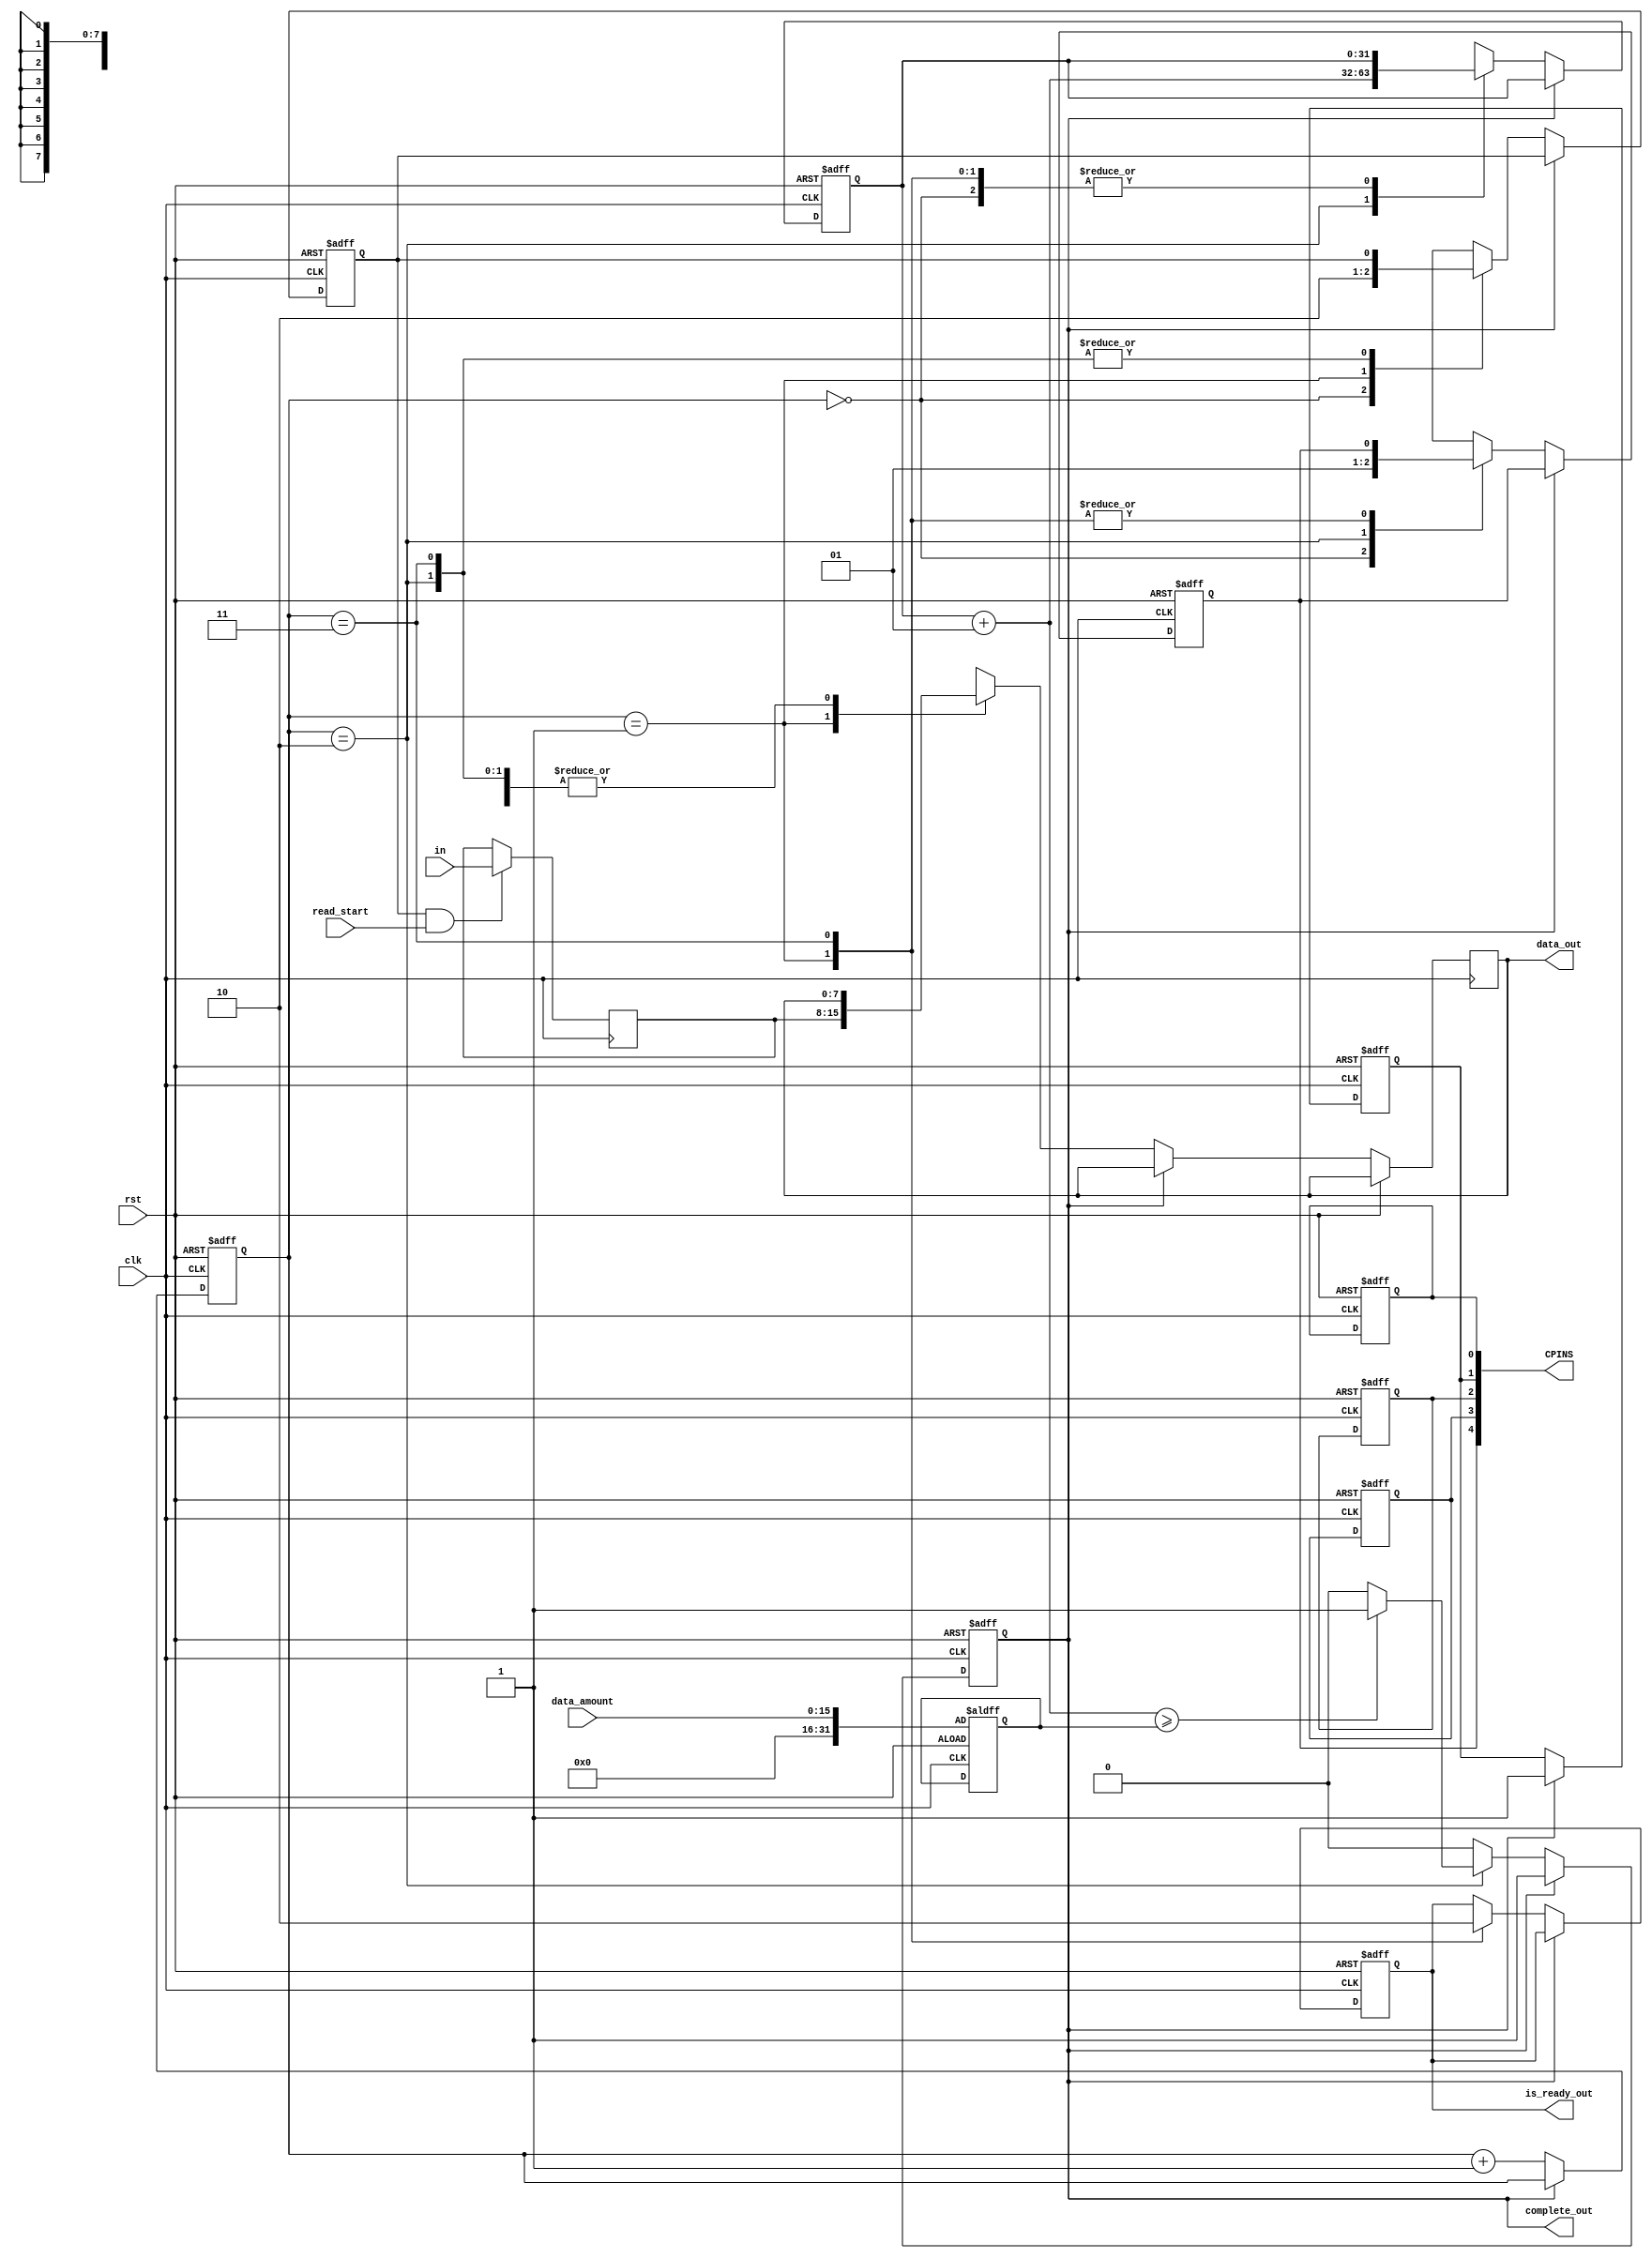
module read_operation( 	clk,
								rst,
								CPINS,
								read_start,
								data_amount,
								data_out,
								complete_out,
								is_ready_out,
								in);

	input					rst;
	input					clk;
	input					read_start;
	input[15:0]			data_amount;
	input[7:0]			in;
	
	output[4:0]			CPINS;
	output reg			complete_out;
	output reg			is_ready_out;
	output[7:0] 		data_out;
		
	
	reg			is_ready;
	reg			WE;
	reg			CE;
	reg			CLE;
	reg			ALE;
	reg			RE;
	reg[7:0] 	IOX;
	reg[7:0]		slave;
	reg[7:0]		data_in;
	reg[1:0]		state;
	
	
	assign CPINS[0] = WE;
	assign CPINS[1] = CE;
	assign CPINS[2] = CLE;
	assign CPINS[3] = ALE;
	assign CPINS[4] = RE;
	
	integer i;
	integer dataI;
	assign data_out = slave;
	
	always @(negedge clk) begin
		if(is_ready && read_start) begin
			IOX  <= in;
		end
	end
	
	always @(posedge clk or posedge rst) begin
		if(rst)begin
			dataI 	= data_amount;
			CE  	= 0;
			CLE 	= 0;
			ALE 	= 0;
			WE 	= 1;
			RE		= 1;
			i 		= 0;
			state = 0;
			complete_out 	<= 0;
			is_ready		= 0;
			is_ready_out 	= 0;
		end
		else begin
			if(!complete_out) begin
				case(state)
				2'b00: begin
					RE 			= 0;
					is_ready 	= 1;
				end 
				2'b01: begin
					slave 			= IOX;
					is_ready 		= 0;
					is_ready_out 	<= 1;
				end
				2'b10: begin
					i 	= i+1;
					RE 	= 1;
					//If all data has been collected data collection is complete
					if(i >= dataI) begin
						complete_out <= 1;
					end
				end
				2'b11: begin
					is_ready_out <= 0;
				end
				endcase
				state = state + 1;
			end//END complete_out if
			else CE <= 1;
		end//END else for reset condition
		
	end//END always

endmodule